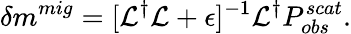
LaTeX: \delta m^{mig}=[\mathcal{L}^{\dagger}\mathcal{L}+\epsilon]^{-1}\mathcal{L}^{\dagger}P_{obs}^{scat}.